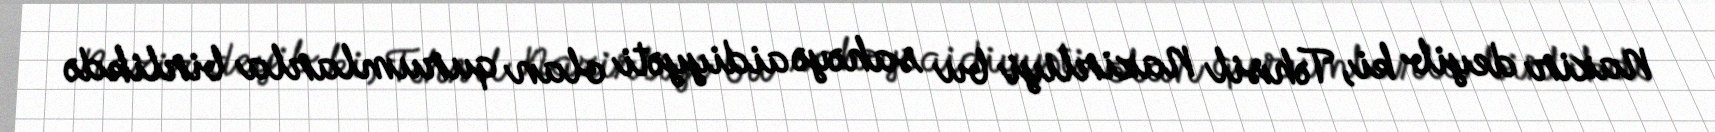
Nazir deyib ki, Təhsil Nazirliyi bu sahəyə aidiyyəti olan qurumlarla birlikdə